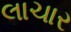
લાચાર